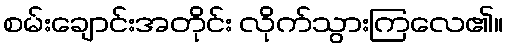
စမ်းချောင်းအတိုင်း လိုက်သွားကြလေ၏။